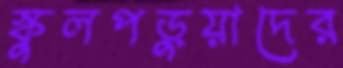
স্কুলপড়ুয়াদের